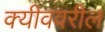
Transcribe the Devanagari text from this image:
क्यीववरील